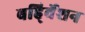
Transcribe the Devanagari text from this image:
बहि्र्वेशन